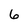
Character: 6